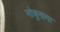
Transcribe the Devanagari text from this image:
नोबुनागा